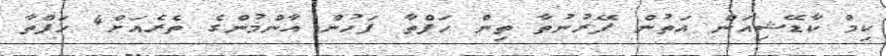
ކިމް ކާޑޭޝިއަން އަތުން ފޭރުނުތާ ތިން ހަފްތާ ފަހުން އާންމުންގެ ތެރެއަށް4 ހަފްތާ